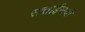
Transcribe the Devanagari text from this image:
सत्ताईसवीं